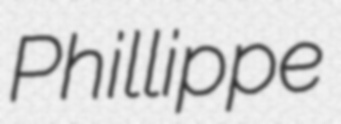
Phillippe